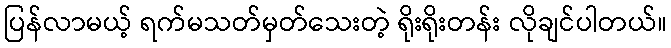
ပြန်လာမယ့် ရက်မသတ်မှတ်သေးတဲ့ ရိုးရိုးတန်း လိုချင်ပါတယ်။